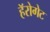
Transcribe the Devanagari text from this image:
हॅरोगेट